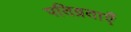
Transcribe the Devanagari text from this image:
पतिव्रताएँ